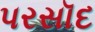
પરસૉદ